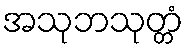
အသုဘသုတ္တံ